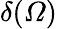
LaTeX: \delta(\varOmega)